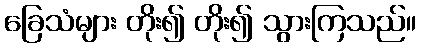
ခြေသံများ တိုး၍ တိုး၍ သွားကြသည်။